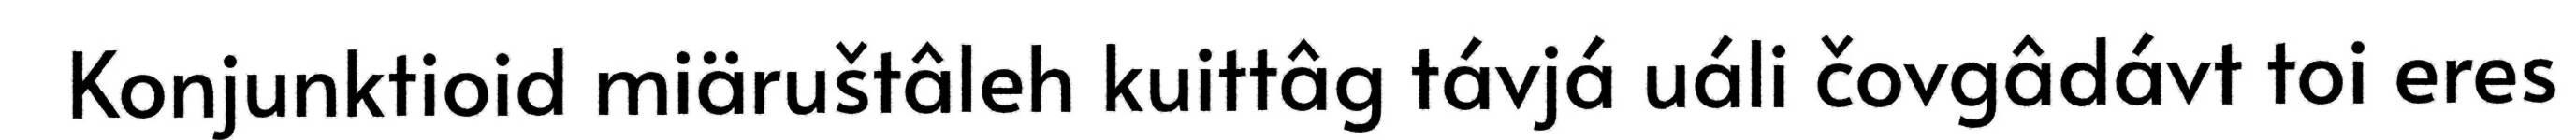
Konjunktioid miäruštâleh kuittâg távjá uáli čovgâdávt toi eres